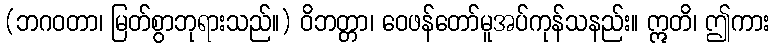
(ဘဂဝတာ၊ မြတ်စွာဘုရားသည်။) ဝိဘတ္တာ၊ ဝေဖန်တော်မူအပ်ကုန်သနည်း။ ဣတိ၊ ဤကား